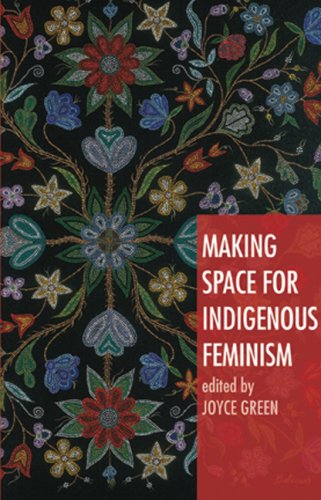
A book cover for Making Space for Indigenous Feminism; Gay & Lesbian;